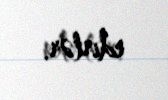
edirlər.